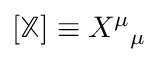
[ \mathbb { X } ] \equiv X ^ { \mu } { } _ { \mu }